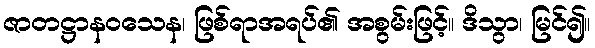
ဇာတဋ္ဌာနဝသေန၊ ဖြစ်ရာအရပ်၏ အစွမ်းဖြင့်။ ဒိသွာ၊ မြင်၍။